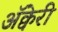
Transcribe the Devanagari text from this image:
अॅक्वेरी